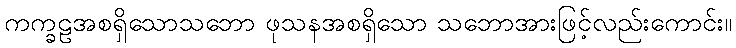
ကက္ခဠအစရှိသောသဘော ဖုသနအစရှိသော သဘောအားဖြင့်လည်းကောင်း။